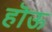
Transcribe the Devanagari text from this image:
हॊऊ